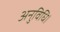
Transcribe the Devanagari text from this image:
अनुविधि।